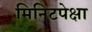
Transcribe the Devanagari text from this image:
मिनिटपेक्षा